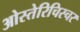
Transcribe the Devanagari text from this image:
ओस्तेरिचिस्चर